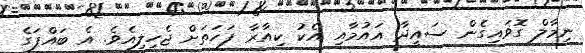
ނިމާލް ގޮވައިގެން ސައީދާ އައުމާއި އެކު ކިއާރާ ފަހަތަށް ޖެހިލިއެވެ. އެ ބައްޕަގެ